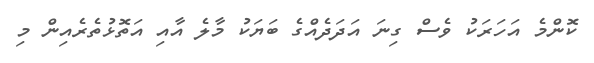
ކޮންމެ އަހަރަކު ވެސް ގިނަ އަދަދެއްގެ ބަޔަކު މާލެ އާއި އަތޮޅުތެރެއިން މި